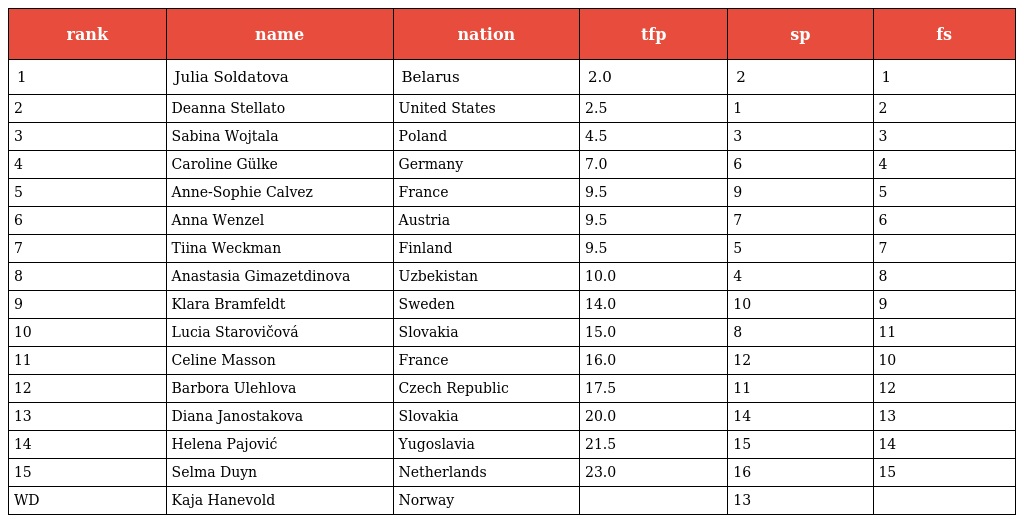
| rank | name | nation | tfp | sp | fs |
 | --- | --- | --- | --- | --- | --- |
 | 1 | Julia Soldatova | Belarus | 2.0 | 2 | 1 |
 | 2 | Deanna Stellato | United States | 2.5 | 1 | 2 |
 | 3 | Sabina Wojtala | Poland | 4.5 | 3 | 3 |
 | 4 | Caroline Gülke | Germany | 7.0 | 6 | 4 |
 | 5 | Anne-Sophie Calvez | France | 9.5 | 9 | 5 |
 | 6 | Anna Wenzel | Austria | 9.5 | 7 | 6 |
 | 7 | Tiina Weckman | Finland | 9.5 | 5 | 7 |
 | 8 | Anastasia Gimazetdinova | Uzbekistan | 10.0 | 4 | 8 |
 | 9 | Klara Bramfeldt | Sweden | 14.0 | 10 | 9 |
 | 10 | Lucia Starovičová | Slovakia | 15.0 | 8 | 11 |
 | 11 | Celine Masson | France | 16.0 | 12 | 10 |
 | 12 | Barbora Ulehlova | Czech Republic | 17.5 | 11 | 12 |
 | 13 | Diana Janostakova | Slovakia | 20.0 | 14 | 13 |
 | 14 | Helena Pajović | Yugoslavia | 21.5 | 15 | 14 |
 | 15 | Selma Duyn | Netherlands | 23.0 | 16 | 15 |
 | WD | Kaja Hanevold | Norway |  | 13 |  |